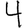
Digit: 4